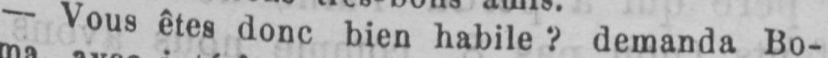
- Vous êtes donc bien habile? demanda Bo-